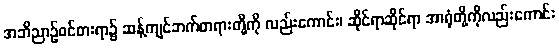
အဘိညာဉ်ဝင်စားရာ၌ ဆန့်ကျင်ဘက်တရားတို့ကို လည်းကောင်း၊ ဆိုင်ရာဆိုင်ရာ အာရုံတို့ကိုလည်းကောင်း